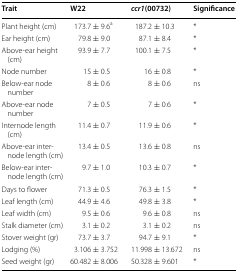
| Trait | W22 | ccr1(00732) | Significance |
 | --- | --- | --- | --- |
 | Plant height (cm) | 173.7 ± 9.6a | 187.2 ± 10.3 | * |
 | Ear height (cm) | 79.8 ± 9.0 | 87.1 ± 8.4 | * |
 | Above-ear height (cm) | 93.9 ± 7.7 | 100.1 ± 7.5 | * |
 | Node number | 15 ± 0.5 | 16 ± 0.8 | * |
 | Below-ear node number | 8 ± 0.6 | 8 ± 0.6 | ns |
 | Above-ear node number | 7 ± 0.5 | 7 ± 0.6 | * |
 | Internode length (cm) | 11.4 ± 0.7 | 11.9 ± 0.6 | * |
 | Above-ear internode length (cm) | 13.4 ± 0.5 | 13.6 ± 0.8 | ns |
 | Below-ear internode length (cm) | 9.7 ± 1.0 | 10.3 ± 0.7 | * |
 | Days to flower | 71.3 ± 0.5 | 76.3 ± 1.5 | * |
 | Leaf length (cm) | 44.9 ± 4.6 | 49.8 ± 3.8 | * |
 | Leaf width (cm) | 9.5 ± 0.6 | 9.6 ± 0.8 | ns |
 | Stalk diameter (cm) | 3.1 ± 0.2 | 3.1 ± 0.2 | ns |
 | Stover weight (gr) | 73.7 ± 3.7 | 94.7 ± 9.1 | * |
 | Lodging (%) | 3.106 ± 3.752 | 11.998 ± 13.672 | ns |
 | Seed weight (gr) | 60.482 ± 8.006 | 50.328 ± 9.601 | * |